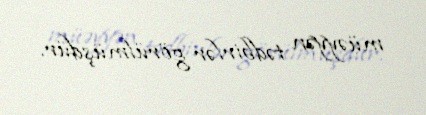
müəyyən tədbirlər görülmüşdür.